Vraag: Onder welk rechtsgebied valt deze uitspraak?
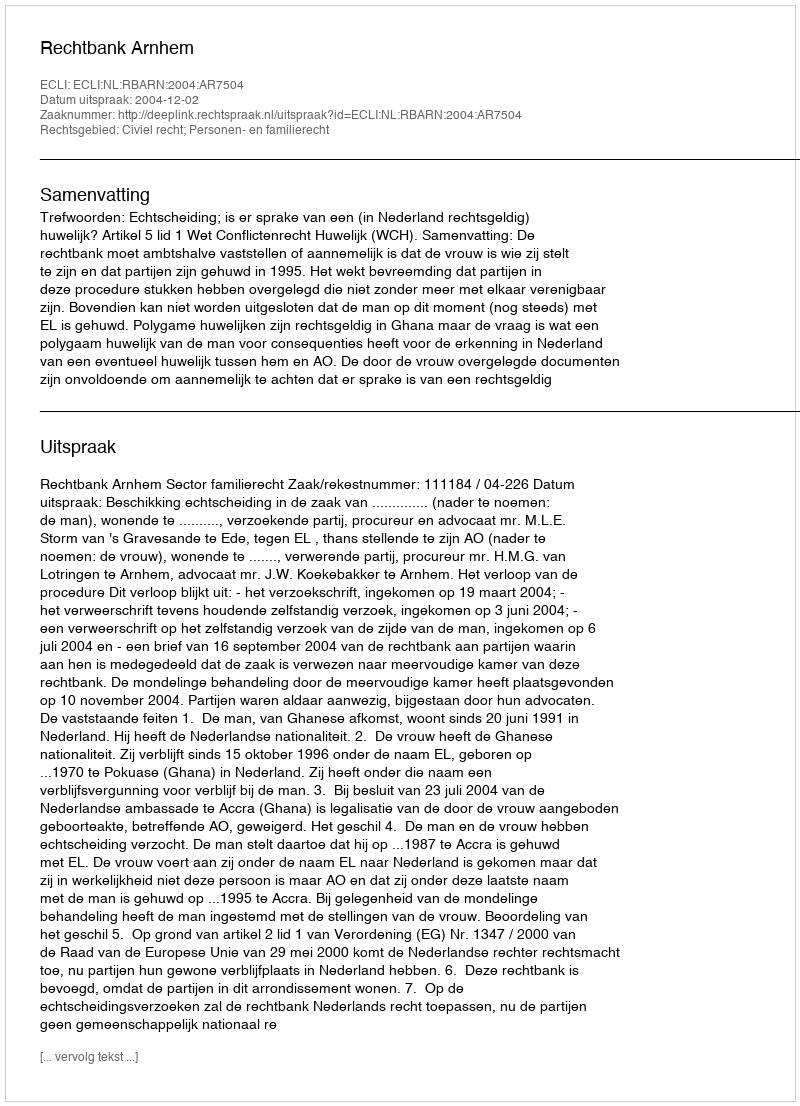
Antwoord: Civiel recht; Personen- en familierecht